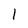
Character: 1